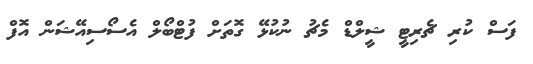
ފަސް ކުރި ޗެރިޓީ ޝީލްޑް މެޗު ނުކުޅޭ ގޮތަށް ފުޓްބޯލް އެސޯސިއޭޝަން އޮފް